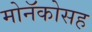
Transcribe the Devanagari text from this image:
मोनॅकोसह